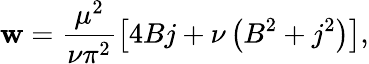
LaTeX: \mathbf{w}=\frac{{\mu^{2}}}{{\nu\pi^{2}}}\left[4Bj+\nu\left(B^{2}+j^{2}\right)\right],